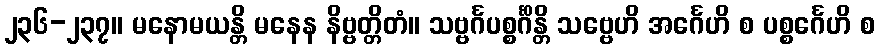
၂၃၆-၂၃၇။ မနောမယန္တိ မနေန နိဗ္ဗတ္တိတံ။ သဗ္ဗင်္ဂပစ္စင်္ဂိန္တိ သဗ္ဗေဟိ အင်္ဂေဟိ စ ပစ္စင်္ဂေဟိ စ